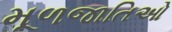
મૂળજાતિઓ